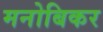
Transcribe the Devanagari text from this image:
मनोबिकर